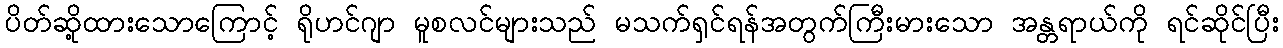
ပိတ်ဆို့ထားသောကြောင့် ရိုဟင်ဂျာ မူစလင်များသည် မသက်ရှင်ရန်အတွက်ကြီးမားသော အန္တရာယ်ကို ရင်ဆိုင်ပြီး